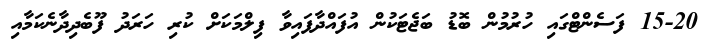
15-20 ފަސެންޓްގައި ހުރުމުން ބޮޑު ބަޖެޓަކުން އުފައްދާފައިވާ ފިލްމަކަށް ކުރި ހަރަދު ފޫބެދިދާނެކަމާއި